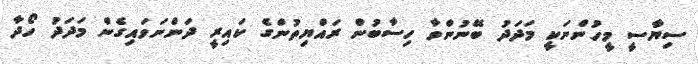
ސިޔާސީ މީހުންނަކީ މަދަދު ބޭނުންވާ ހިސާބުން ރައްޔިތުންގެ ކައިރީ ދަންނަވައިގެން މަދަދު ހޯދާ